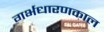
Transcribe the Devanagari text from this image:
गर्भधारणकाल